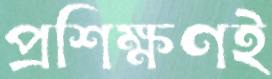
প্রশিক্ষণই